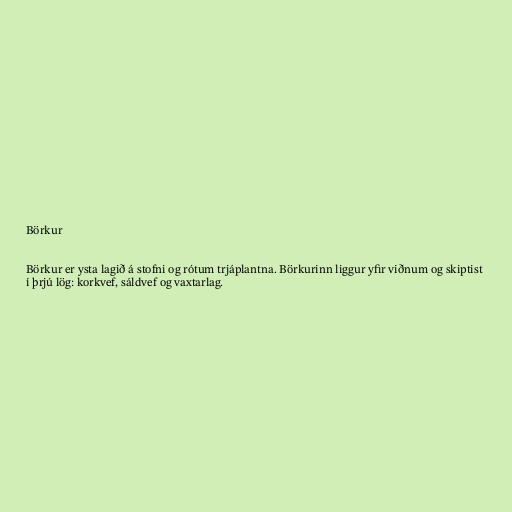
Börkur

Börkur er ysta lagið á stofni og rótum trjáplantna. Börkurinn liggur yfir viðnum og skiptist
í þrjú lög: korkvef, sáldvef og vaxtarlag.